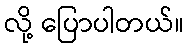
လို့ ပြောပါတယ်။